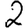
Digit: 2